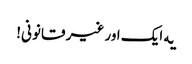
‎یه ایک اور غیر قانونی!